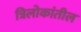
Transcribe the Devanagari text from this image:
त्रिलोकांतील